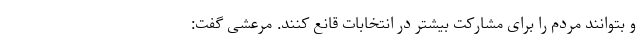
و بتوانند مردم را برای مشارکت بیشتر در انتخابات قانع کنند. مرعشی گفت: